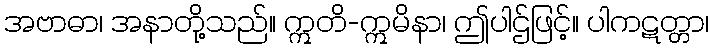
အဗာဓာ၊ အနာတို့သည်။ ဣတိ-ဣမိနာ၊ ဤပါဌ်ဖြင့်။ ပါကဋတ္တာ၊